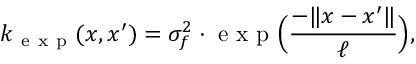
k _ { \mathrm { ~ e ~ x ~ p ~ } } ( \boldsymbol { x } , \boldsymbol { x ^ { \prime } } ) = \sigma _ { f } ^ { 2 } \cdot \mathrm { ~ e ~ x ~ p ~ } \Big ( \frac { - \lVert \boldsymbol { x } - \boldsymbol { x ^ { \prime } } \rVert } { \ell } \Big ) ,